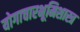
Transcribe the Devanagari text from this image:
योगाचारभूमिशास्त्र